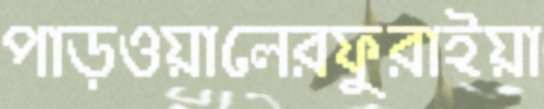
পাড়ওয়ালেরফুরাইয়া